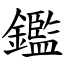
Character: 鑑